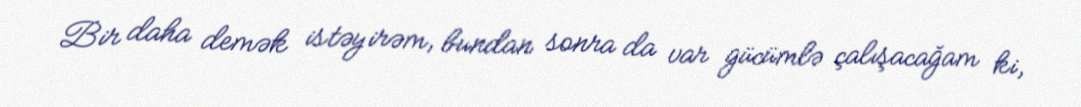
Bir daha demək istəyirəm, bundan sonra da var gücümlə çalışacağam ki,